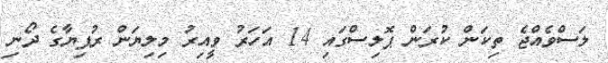
ލަސްވެއްޖެ ތިކަން ކުރަން ޕޮލިސްގައި 14 އަހަރު ވީއިރު މިލިޔަން ރުފިޔާގެ ދޯނި